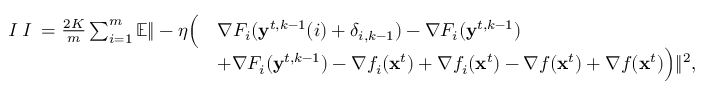
\begin{array} { r l } { \emph { I I } = \frac { 2 K } { m } \sum _ { i = 1 } ^ { m } \mathbb { E } \| - \eta \Big ( } & { \nabla F _ { i } ( \mathbf { y } ^ { t , k - 1 } ( i ) + \delta _ { i , k - 1 } ) - \nabla F _ { i } ( \mathbf { y } ^ { t , k - 1 } ) } \\ & { + \nabla F _ { i } ( \mathbf { y } ^ { t , k - 1 } ) - \nabla f _ { i } ( \mathbf { x } ^ { t } ) + \nabla f _ { i } ( \mathbf { x } ^ { t } ) - \nabla f ( \mathbf { x } ^ { t } ) + \nabla f ( \mathbf { x } ^ { t } ) \Big ) \| ^ { 2 } , } \end{array}